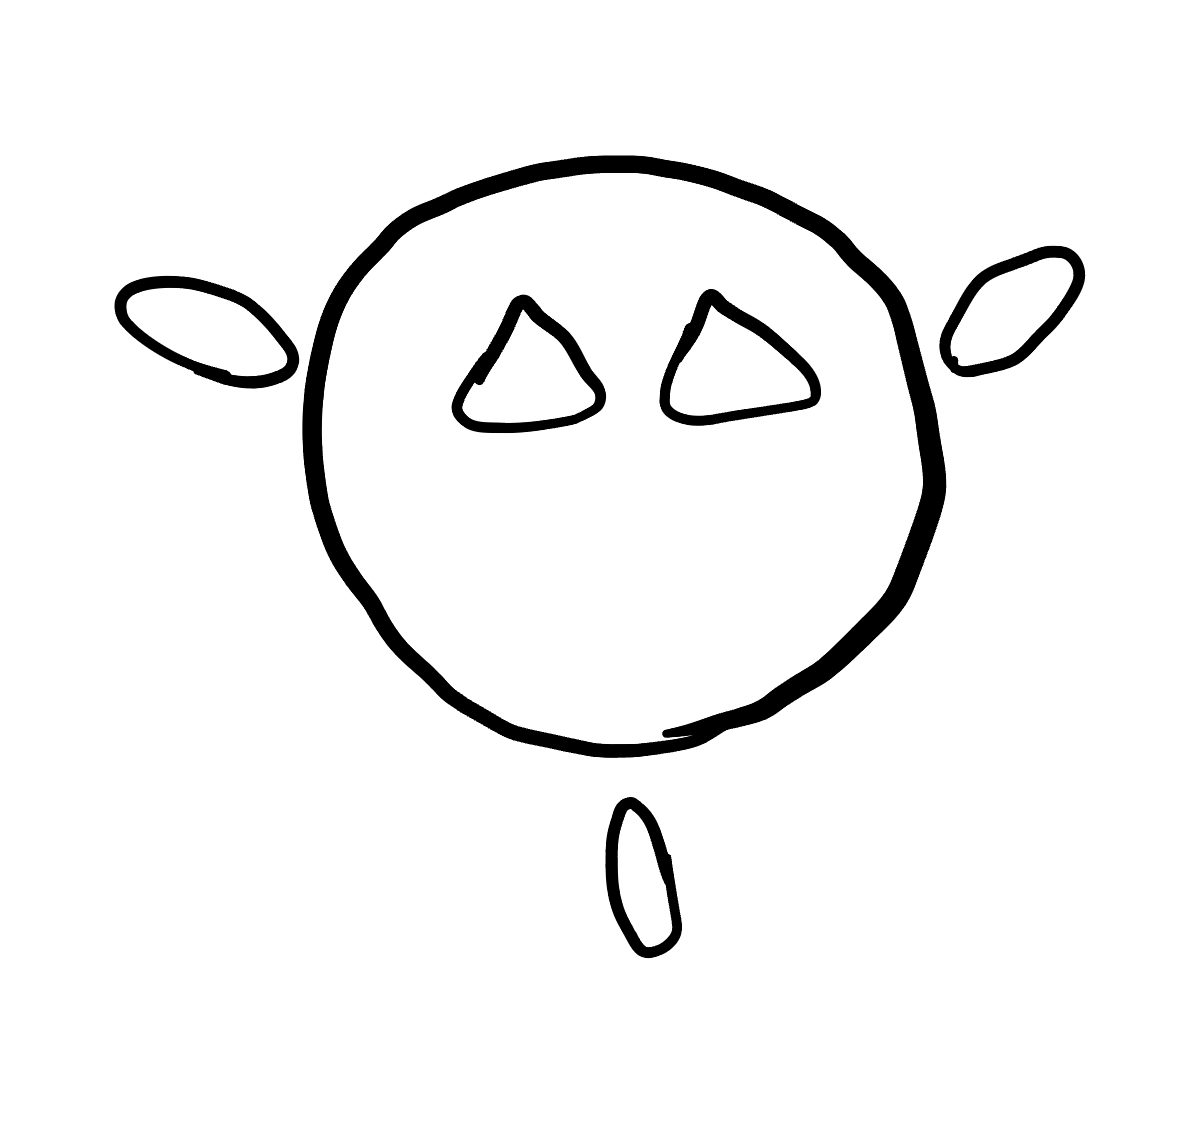
Number of regions (including the outer root region): 7
Containment tree edges (parent, child): 0, 1, 0, 2, 0, 3, 0, 4, 4, 5, 4, 6